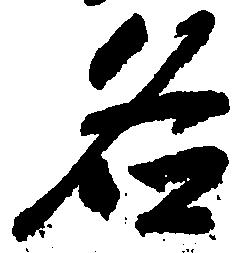
名